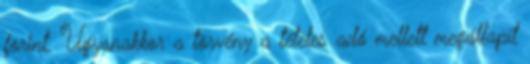
forint. Ugyanakkor a törvény a tételes adó mellett megállapít